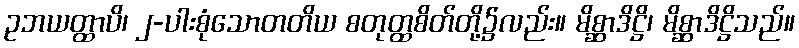
ဥဘယတ္ထာပိ၊ ၂-ပါးစုံသောတတိယ စတုတ္ထစိတ်တို့၌လည်း။ မိစ္ဆာဒိဋ္ဌိ၊ မိစ္ဆာဒိဋ္ဌိသည်။